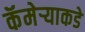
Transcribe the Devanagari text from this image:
कॅमेर्‍याकडे